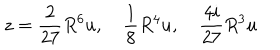
LaTeX: z = \frac { 2 } { 2 7 } R ^ { 6 } u , \quad \frac { 1 } { 8 } R ^ { 4 } u , \quad \frac { 4 i } { 2 7 } R ^ { 3 } u